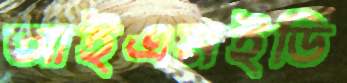
আইএমইডি